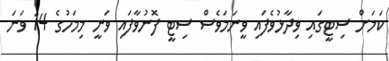
ކަމަށް ސިޓީގައި ވިދާޅުވެފައި ވީނަމަވެސް ސިޓީ ފޮނުވާފައި ވަނީ މިމަހުގެ 14 ވަނަ